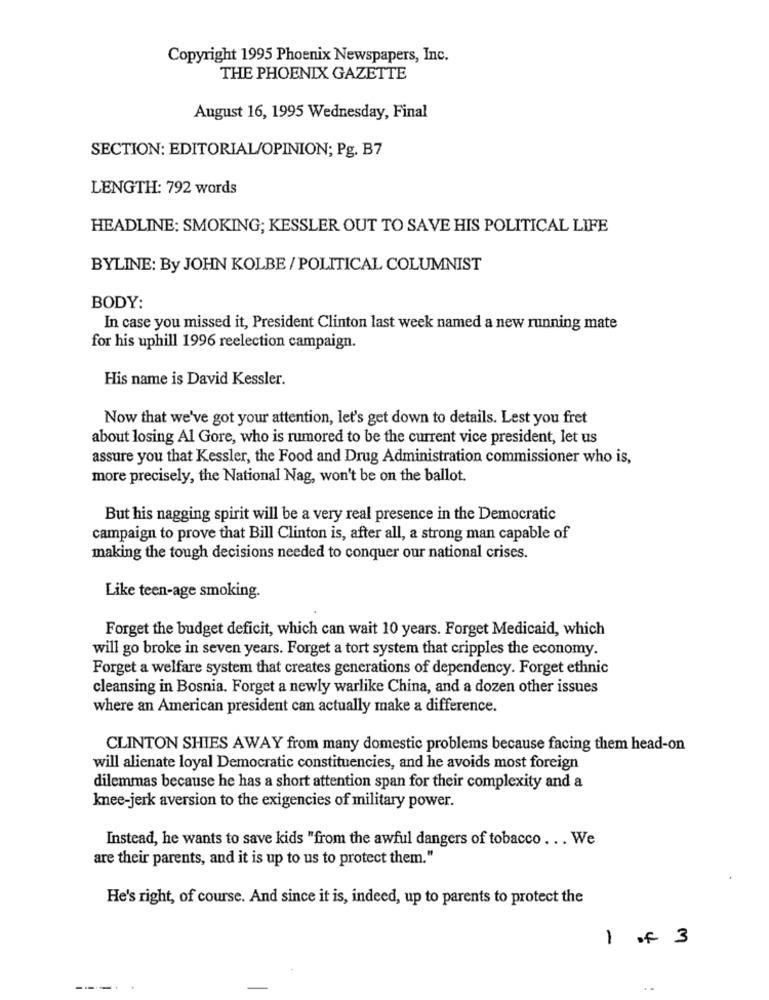
Copyright 1995 Phoenix Newspapers, Inc.
THE PHOENIX GAZETTE
August 16, 1995 Wednesday, Final
SECTION: EDITORIAL/OPINION; Pg. B7
LENGTH: 792 words
HEADLINE: SMOKING; KESSLER OUT TO SAVE HIS POLITICAL LIFE
BYLINE: By JOHN KOLBE / POLITICAL COLUMNIST
BODY:
In case you missed it, President Clinton last week named a new running mate
for his uphill 1996 reelection campaign.
His name is David Kessler.
Now that we've got your attention, let's get down to details. Lest you fret
about losing Al Gore, who is rumored to be the current vice president, let us
assure you that Kessler, the Food and Drug Administration commissioner who is,
more precisely, the National Nag, won't be on the ballot.
But his nagging spirit will be a very real presence in the Democratic
campaign to prove that Bill Clinton is, after all, a strong man capable of
making the tough decisions needed to conquer our national crises.
Like teen-age smoking.
Forget the budget deficit, which can wait 10 years. Forget Medicaid, which
will go broke in seven years. Forget a tort system that cripples the economy.
Forget a welfare system that creates generations of dependency. Forget ethnic
cleansing in Bosnia. Forget a newly warlike China, and a dozen other issues
where an American president can actually make a difference.
CLINTON SHIES AWAY from many domestic problems because facing them head-on
will alienate loyal Democratic constituencies, and he avoids most foreign
dilemmas because he has a short attention span for their complexity and a
knee-jerk aversion to the exigencies of military power.
Instead, he wants to save kids "from the awful dangers of tobacco . . . We
are their parents, and it is up to us to protect them."
He's right, of course. And since it is, indeed, up to parents to protect the
1 of 3
---.